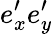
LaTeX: e_{x}^{\prime}e_{y}^{\prime}